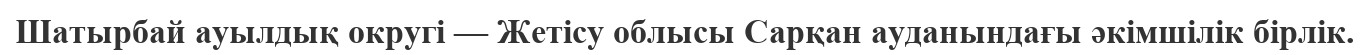
Шатырбай ауылдық округі — Жетісу облысы Сарқан ауданындағы әкімшілік бірлік.